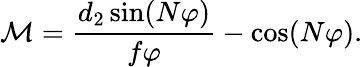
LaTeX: \mathcal{M}=\frac{d_{2}\sin(N\varphi)}{f\varphi}-\cos(N\varphi).